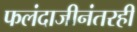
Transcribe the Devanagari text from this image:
फलंदाजीनंतरही